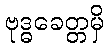
ဗုဒ္ဓခေတ္တမှိ